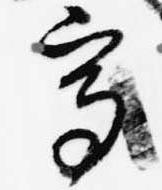
写